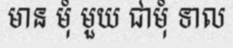
មាន មុំ មួយ ជាមុំ ទាល